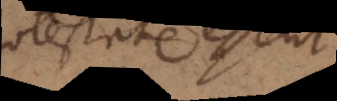
potestate essent,